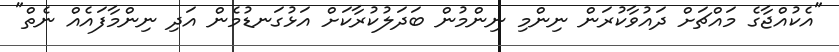
"އެކުއްޖާގެ މައްޗަށް ދައުވާކުރަން ނިންމި ނިންމުން ބަދަލުކުރާކަށް އަޅުގަނޑުމެން އަދި ނިންމާފައެއް ނެތް"